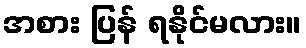
အစား ပြန် ရနိုင်မလား။